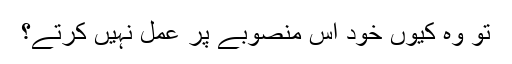
تو وہ کیوں خود اس منصوبے پر عمل نہیں کرتے؟